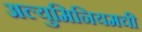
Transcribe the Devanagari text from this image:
अल्युमिनियमची